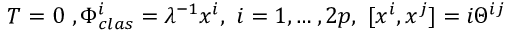
T = 0 \ , \Phi _ { c l a s } ^ { i } = \lambda ^ { - 1 } x ^ { i } , \ i = 1 , \dots , 2 p , \ [ x ^ { i } , x ^ { j } ] = i \Theta ^ { i j }